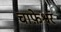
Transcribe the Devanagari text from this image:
चाफ़ेश्वर